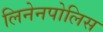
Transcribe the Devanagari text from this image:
लिनेनपोलिस